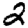
Digit: 2